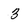
Character: 3